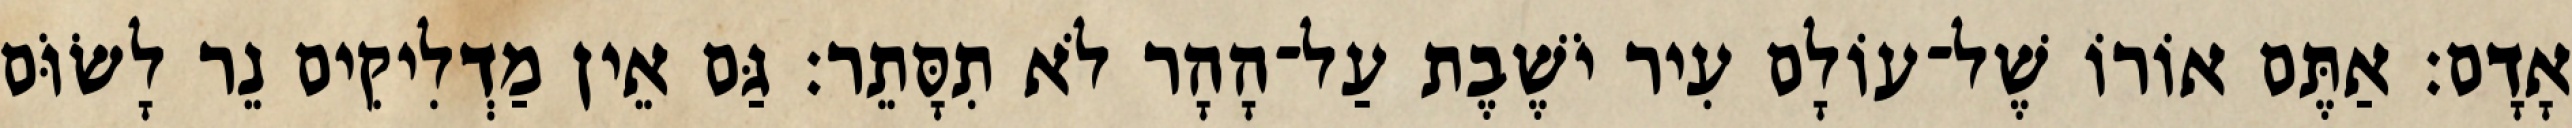
אָדָם׃ אַתֶּם אוֹרוֹ שֶׁל־עוֹלָם עִיר יֹשֶׁבֶת עַל־הָהָר לֹא תִסָּתֵר׃ גַּם אֵין מַדְלִיקִים נֵר לָשׂוֹּם